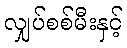
လျှပ်စစ်မီးနှင့်